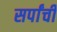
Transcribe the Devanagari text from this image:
सर्पांची